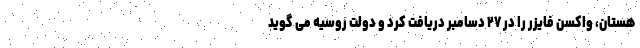
هستان، واکسن فایزر را در ۲۷ دسامبر دریافت کرد و دولت روسیه می گوید